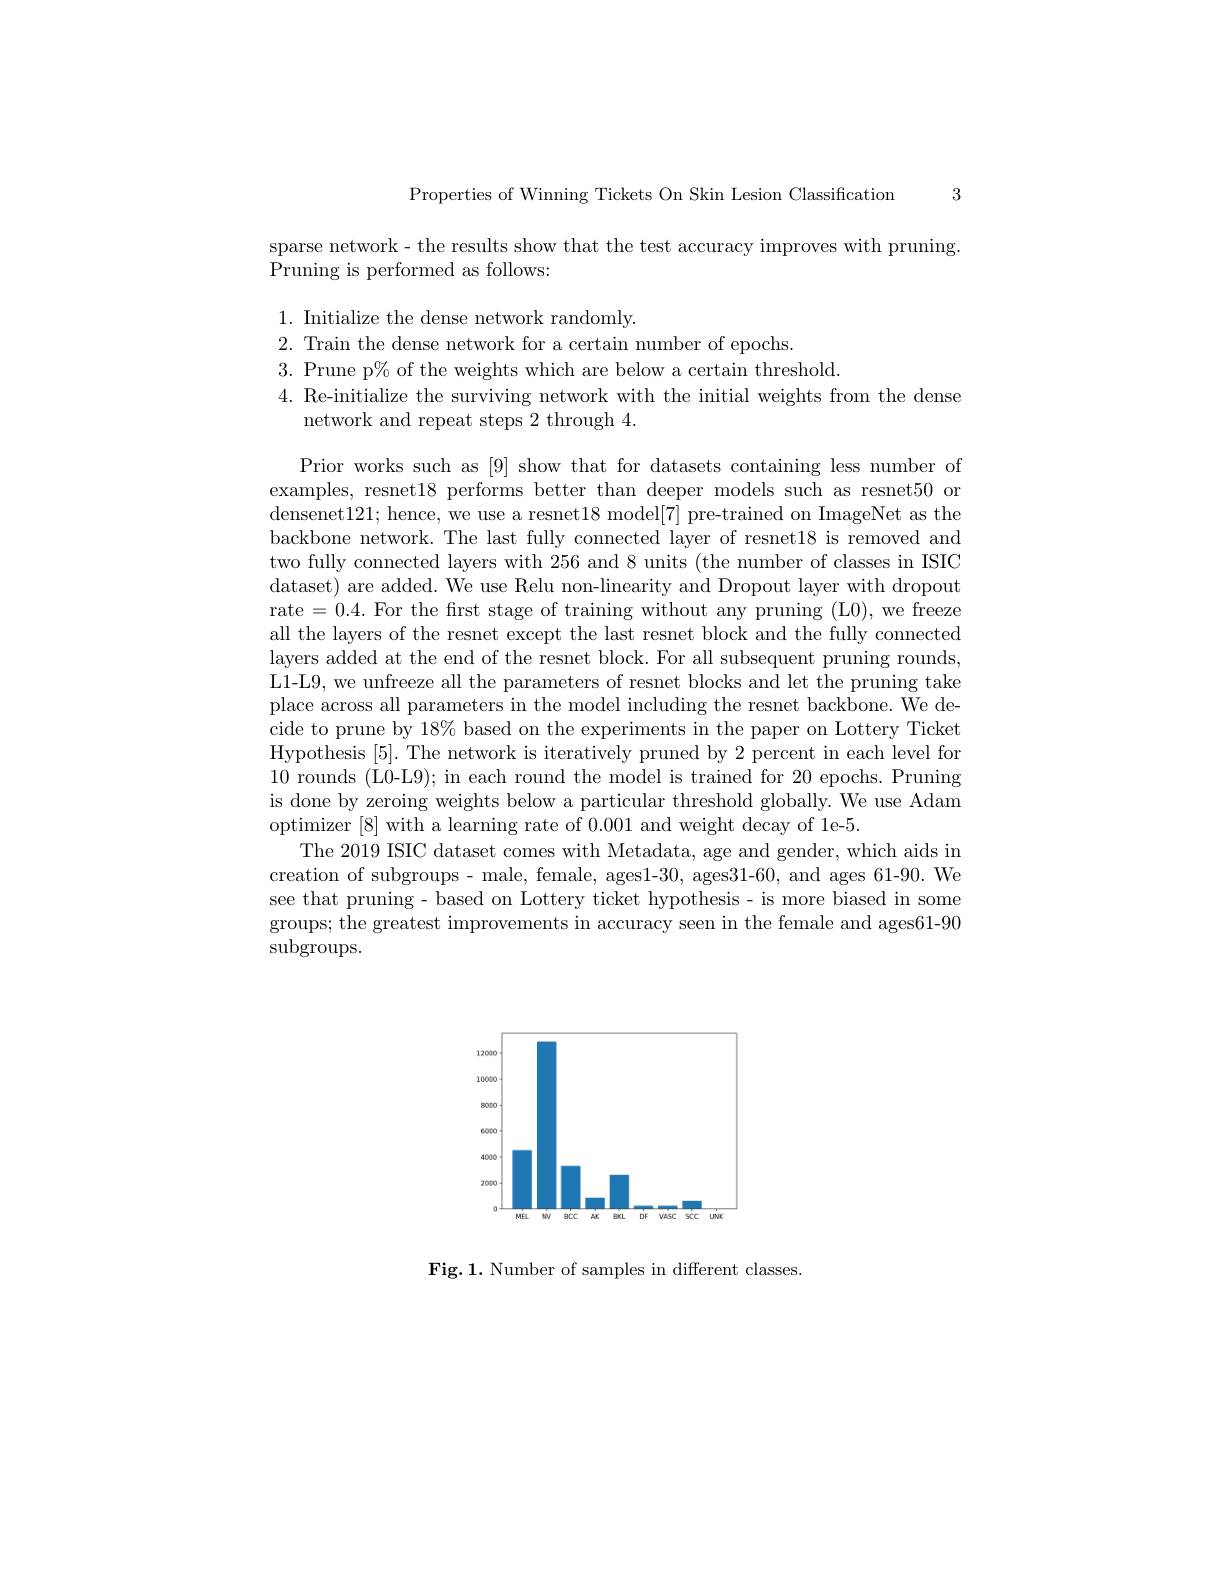
Properties of Winning Tickets On Skin Lesion Classification 3

sparse network- the results show that the test accuracy improves with pruning.
Pruning is performed as follows:

1. Initialize the dense network randomly.
2. Train the dense network for a certain number of epochs
3. Prune p$\%$ of the weights which are below a certain threshold
4. Re-initialize the surviving network with the initial weights from the dense
network and repeat steps 2 through 4.

Prior works such as [9] show that for datasets containing less number of examples, resnet18 performs better than deeper models such as resnet50 or densenet121;hence, we use a resnet18 model[7] pre-trained on ImageNet as the backbone network. The last fully connected layer of resnet18 is removed and two fully connected layers with 256 and 8 units (the number of classes in ISIC dataset) are added. We use Relu non-linearity and Dropout layer with dropout rate=0.4.For the first stage of training without any pruning (L0), we freeze all the layers of the resnet except the last resnet block and the fully connected layers added at the end of the resnet block. For all subsequent pruning rounds, L1-L9, we unfreeze all the parameters of resnet blocks and let the pruning take place across all parameters in the model including the resnet backbone. We decide to prune by 18% based on the experiments in the paper on Lottery Ticket Hypothesis [5]. The network is iteratively pruned by 2 percent in each level for 10 rounds (L0-L9); in each round the model is trained for 20 epochs. Pruning is done by zeroing weights below a particular threshold globally. We use Adam optimizer [8] with a learning rate of 0.001 and weight decay of 1e-5.
The 2019 ISIC dataset comes with Metadata, age and gender, which aids in creation of subgroups - male, female, ages1-30, ages31-60, and ages 61-90. We see that pruning - based on Lottery ticket hypothesis- is more biased in some groups; the greatest improvements in accuracy seen in the female and ages61-90 subgroups.

<FigureHere>

Fig.1. Number of samples in different classes